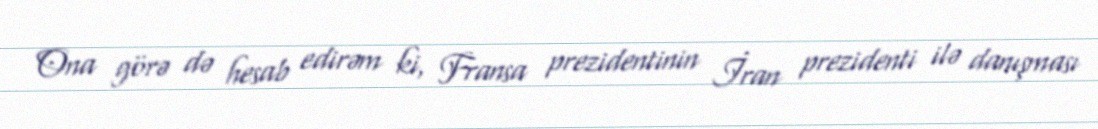
Ona görə də hesab edirəm ki, Fransa prezidentinin İran prezidenti ilə danışması